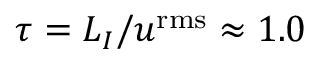
\tau = { L _ { I } } / { u ^ { \mathrm { r m s } } } \approx 1 . 0